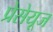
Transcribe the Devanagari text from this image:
प्रेसेयूज